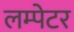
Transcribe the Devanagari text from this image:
लम्पेटर